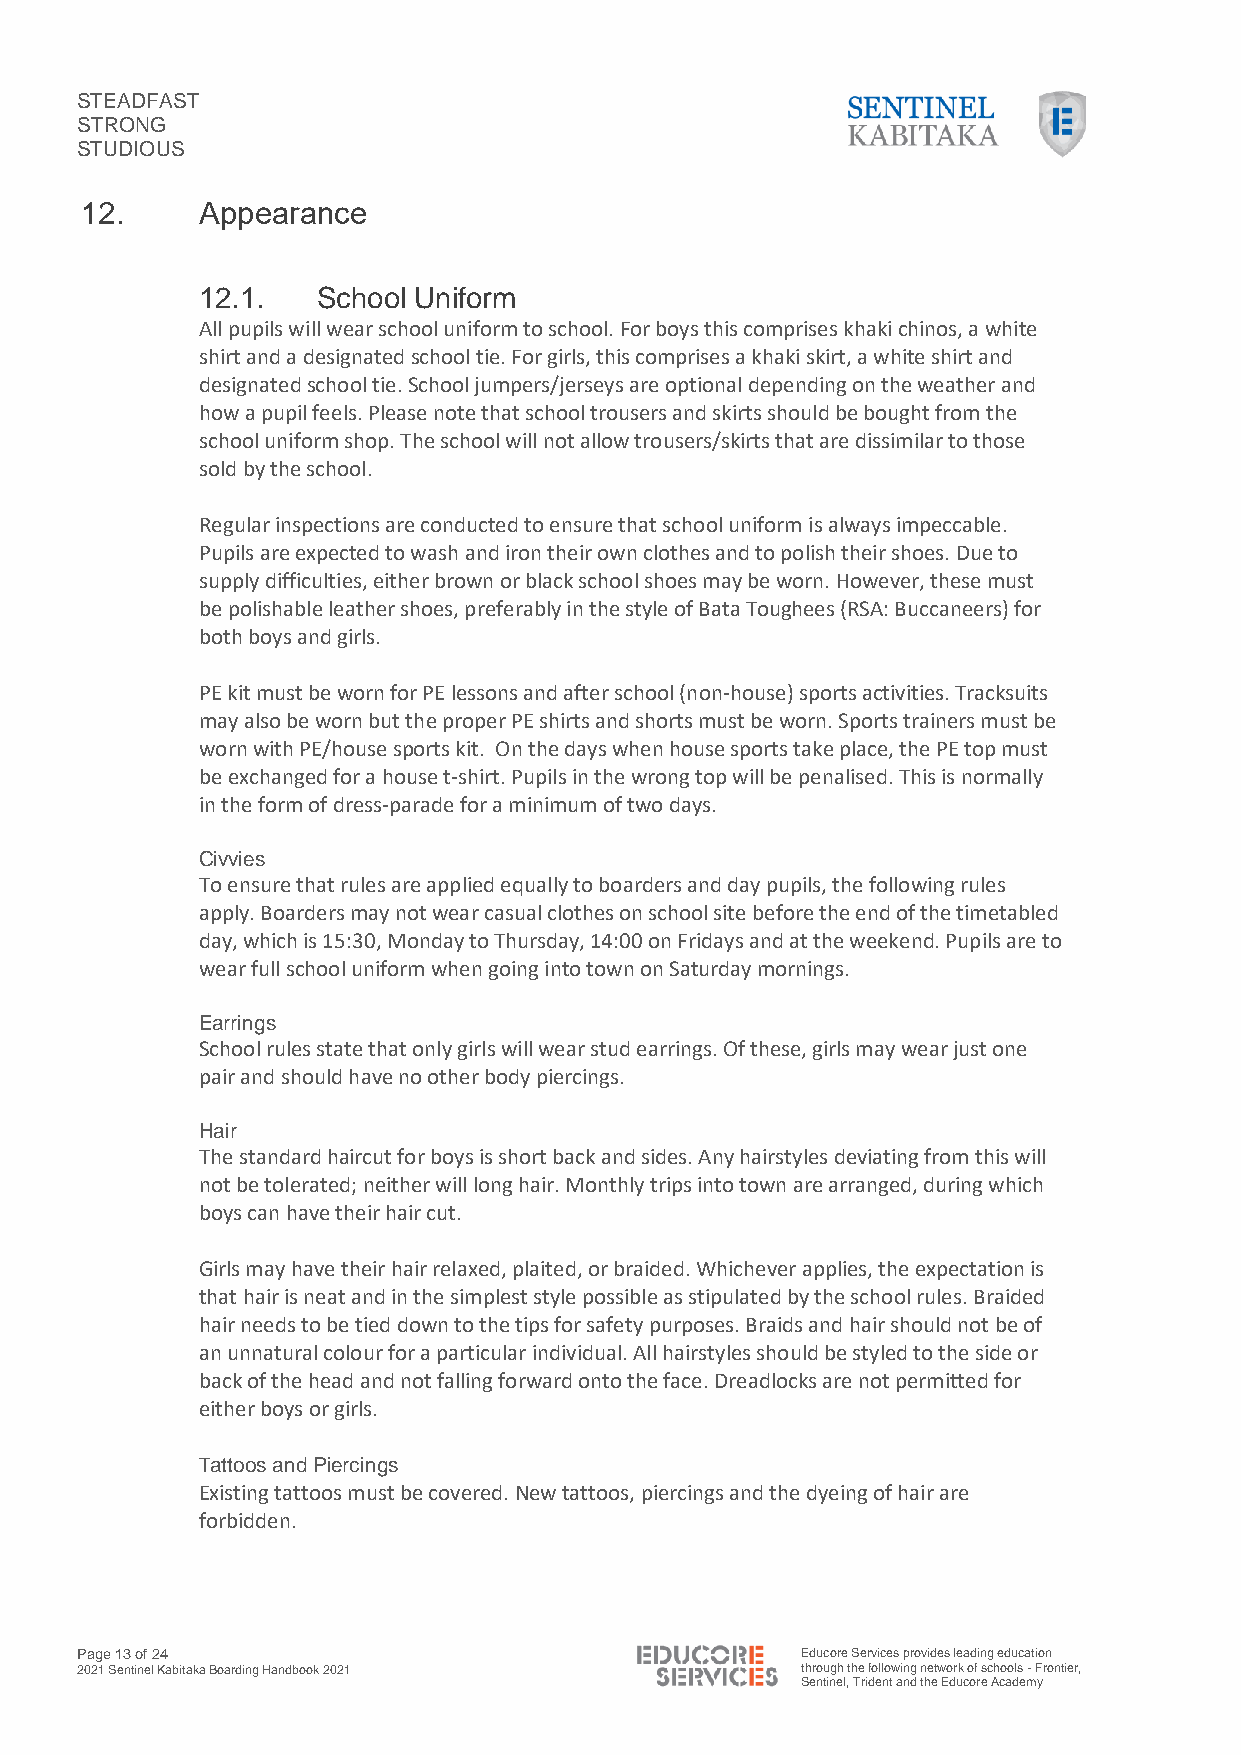
STEADFAST
 STRONG
 STUDIOUS
 12.     Appearance
 12.1.   School Uniform
 All pupils will wear school uniform to school. For boys this comprises khaki chinos, a white
 shirt and a designated school tie. For girls, this comprises a khaki skirt, a white shirt and
 designated school tie. School jumpers/jerseys are optional depending on the weather and
 how a pupil feels. Please note that school trousers and skirts should be bought from the
 school uniform shop. The school will not allow trousers/skirts that are dissimilar to those
 sold by the school.
 Regular inspections are conducted to ensure that school uniform is always impeccable.
 Pupils are expected to wash and iron their own clothes and to polish their shoes. Due to
 supply difficulties, either brown or black school shoes may be worn. However, these must
 be polishable leather shoes, preferably in the style of Bata Toughees (RSA: Buccaneers) for
 both boys and girls.
 PE kit must be worn for PE lessons and after school (non-house) sports activities. Tracksuits
 may also be worn but the proper PE shirts and shorts must be worn. Sports trainers must be
 worn with PE/house sports kit. On the days when house sports take place, the PE top must
 be exchanged for a house t-shirt. Pupils in the wrong top will be penalised. This is normally
 in the form of dress-parade for a minimum of two days.
 Civvies
 To ensure that rules are applied equally to boarders and day pupils, the following rules
 apply. Boarders may not wear casual clothes on school site before the end of the timetabled
 day, which is 15:30, Monday to Thursday, 14:00 on Fridays and at the weekend. Pupils are to
 wear full school uniform when going into town on Saturday mornings.
 Earrings
 School rules state that only girls will wear stud earrings. Of these, girls may wear just one
 pair and should have no other body piercings.
 Hair
 The standard haircut for boys is short back and sides. Any hairstyles deviating from this will
 not be tolerated; neither will long hair. Monthly trips into town are arranged, during which
 boys can have their hair cut.
 Girls may have their hair relaxed, plaited, or braided. Whichever applies, the expectation is
 that hair is neat and in the simplest style possible as stipulated by the school rules. Braided
 hair needs to be tied down to the tips for safety purposes. Braids and hair should not be of
 an unnatural colour for a particular individual. All hairstyles should be styled to the side or
 back of the head and not falling forward onto the face. Dreadlocks are not permitted for
 either boys or girls.
 Tattoos and Piercings
 Existing tattoos must be covered. New tattoos, piercings and the dyeing of hair are
 forbidden.
 Page 13 of 24                                   Educore Services provides leading education
 2021 Sentinel Kabitaka Boarding Handbook 2021   through the following network of schools - Frontier,
 Sentinel, Trident and the Educore Academy